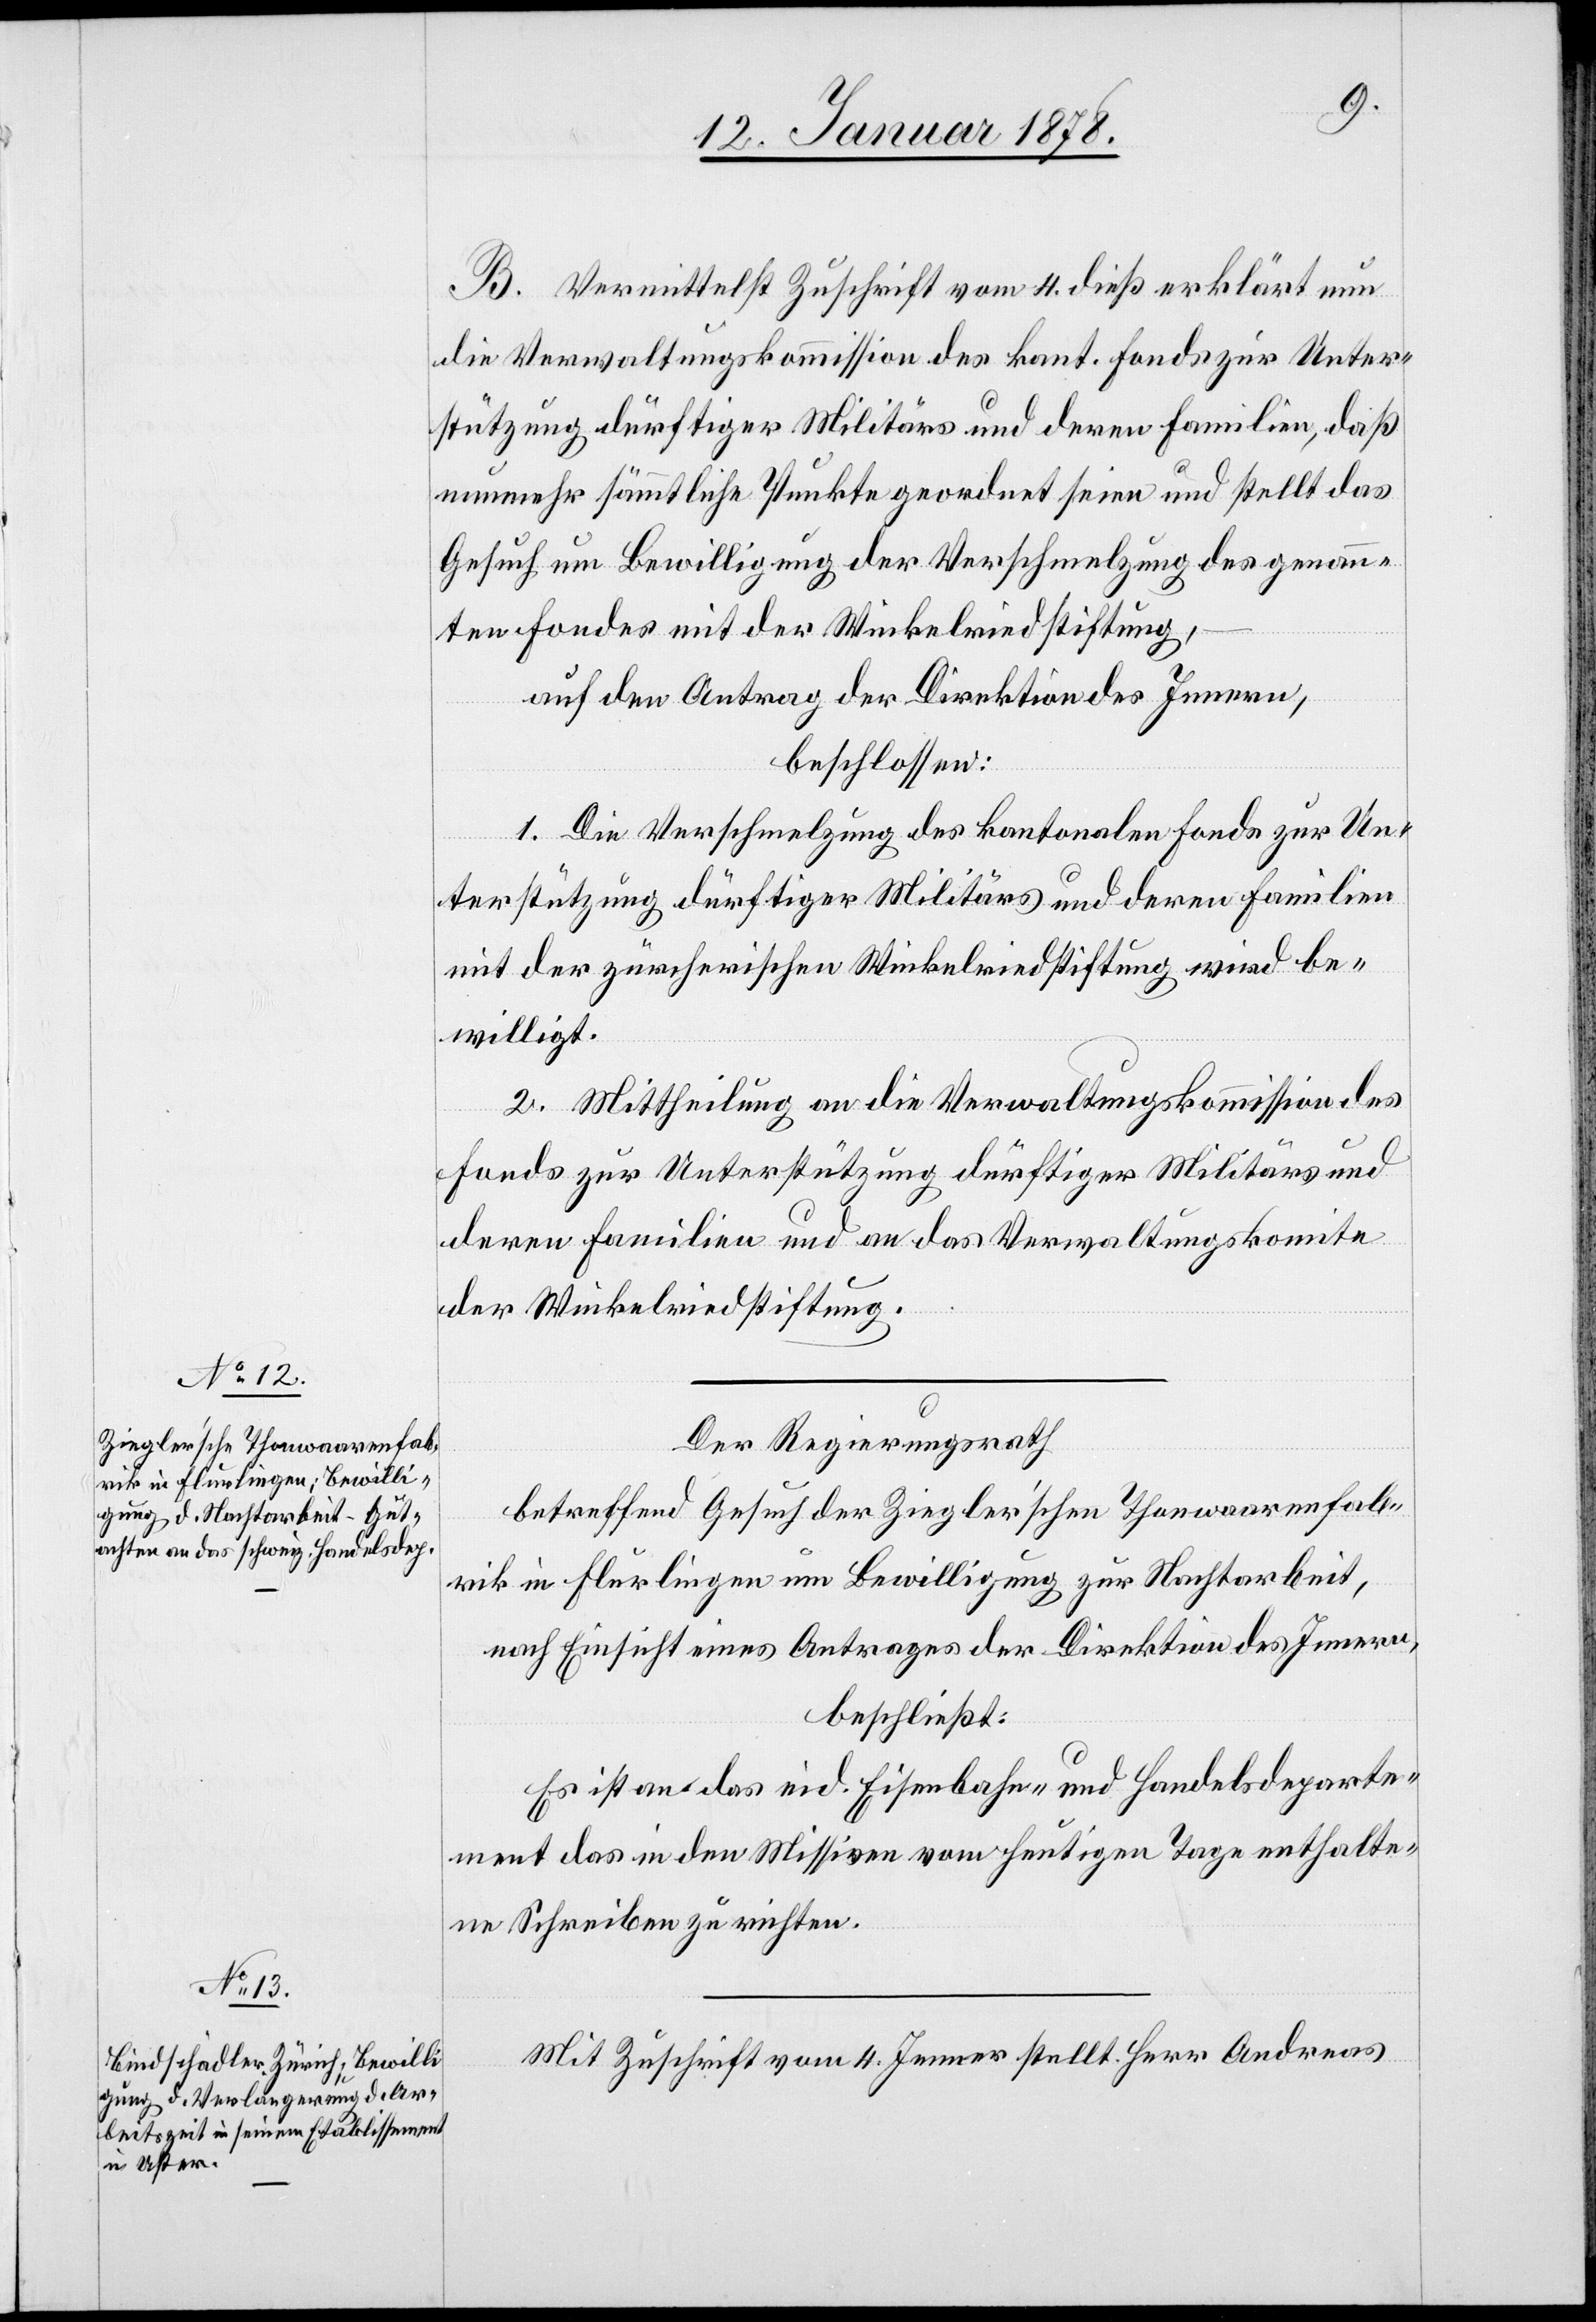
B. Vermittelst Zuschrift vom 4 dieß erklärt nun
die Verwaltungskommission des kant. Fonds zur Unter¬
stützung dürftiger Militärs und deren Familie, daß
nunmehr sämmtliche Punkte geordnet seien und stellt das
Gesuch um Bewilligung der Verschmelzung des genann¬
ten Fondes mit der Winkelriedstiftung,
auf den Antrag der Direktion des Innern,
beschlossen:
1. Die Verschmelzung des kantonalen Fonds zur Un¬
terstützung dürftiger Militärs und deren Familien
mit der zürcherischen Winkelriedstiftung wird be¬
willigt.
2. Mittheilung an die Verwaltungskommission des
Fonds zur Unterstützung dürftiger Militärs und
deren Familien und an das Verwaltungskomite
der Winkelriedstiftung.
Der Regierungsrath,
betreffend das Gesuch der Ziegler’schen Thonwaarenfab¬
rik in Flurlingen um Bewilligung zur Nachtarbeit,
nach Einsicht eines Antrages der Direktion des Innern,
beschließt:
Es ist an das eid. Eisenbahn- und Handelsdeparte¬
ment das in den Missiven vom heutigen Tage enthalte¬
ne Schreiben zu richten.
Mit Zuschrift vom 4 Jenner stellt Herr Andreas